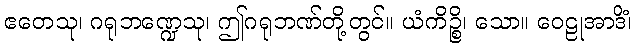
ဧတေသု၊ ဂရုဘဏ္ဍေသု၊ ဤဂရုဘဏ်တို့တွင်။ ယံကိဉ္စိ၊ သော။ ဝေဠုအာဒိံ၊